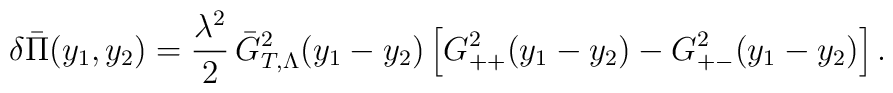
\delta\bar\Pi(y_1,y_2)=\frac{\lambda^2}2\,\bar  G_{T,\Lambda}^2(y_1-y_2)\left[ G^2_{++}(y_1-y_2)-G^2_{+-}(y_1-y_2) \right].